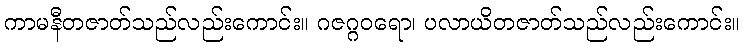
ကာမနီတဇာတ်သည်လည်းကောင်း။ ဂဇဂ္ဂဝရော၊ ပလာယိတဇာတ်သည်လည်းကောင်း။